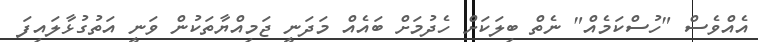
އެއްވެސް "ހުސްކަމެއް" ނެތް ބިލަކަށް ހެދުމަށް ބައެއް މަދަނީ ޖަމިއްޔާތަކުން ވަނީ އަތުގުޅާލައިފަ